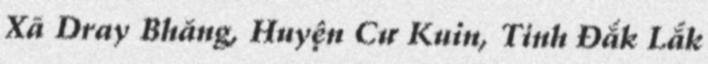
Xã Dray Bhăng, Huyện Cư Kuin, Tỉnh Đắk Lắk